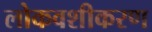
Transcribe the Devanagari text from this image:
लोकवशीकरण